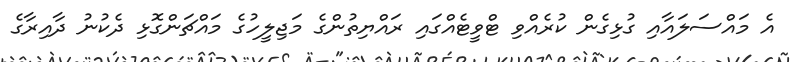
އެ މައްސަލައާއި ގުޅިގެން ކުރެއްވި ޓްވީޓެއްގައި ރައްޔިތުންގެ މަޖިލީހުގެ މައްޗަންގޮޅި ދެކުނު ދާއިރާގެ